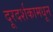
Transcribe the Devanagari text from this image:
दूरदर्शकामधून